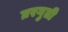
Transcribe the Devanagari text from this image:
घ्ररगुती